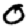
Digit: 0